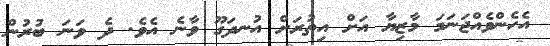
އެހެންވެއްޖަނަމަ މާޒިޔާ އަށް އިތުރަށް އުނދަގޫ ވާނެ އެވެ. ދެ ވަނަ ބުރުން